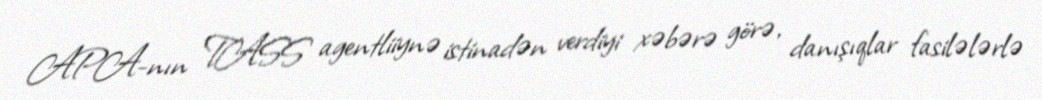
APA-nın TASS agentliiynə istinadən verdiyi xəbərə görə, danışıqlar fasilələrlə